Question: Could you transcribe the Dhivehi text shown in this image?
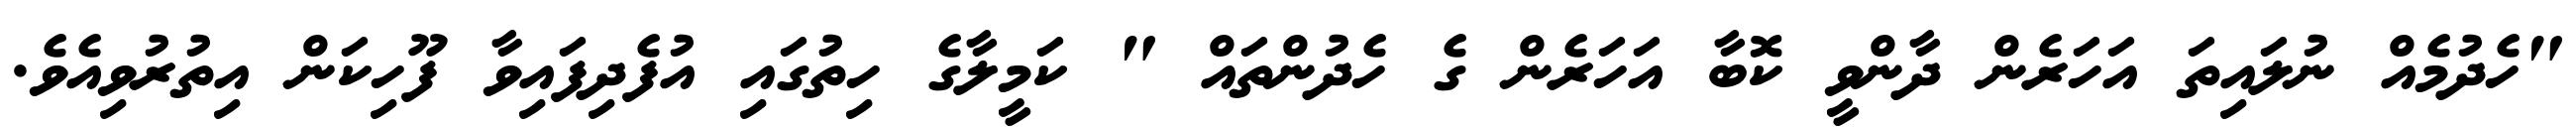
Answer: "ހެދުމެއް ނުލައިތަ އަހަރެން ދާންވީ ކޮބާ އަހަރެން ގެ ހެދުންތައް " ކަމީލާގެ ހިތުގައި އުފެދިފައިވާ ފޫހިކަން އިތުރުވިއެވެ.